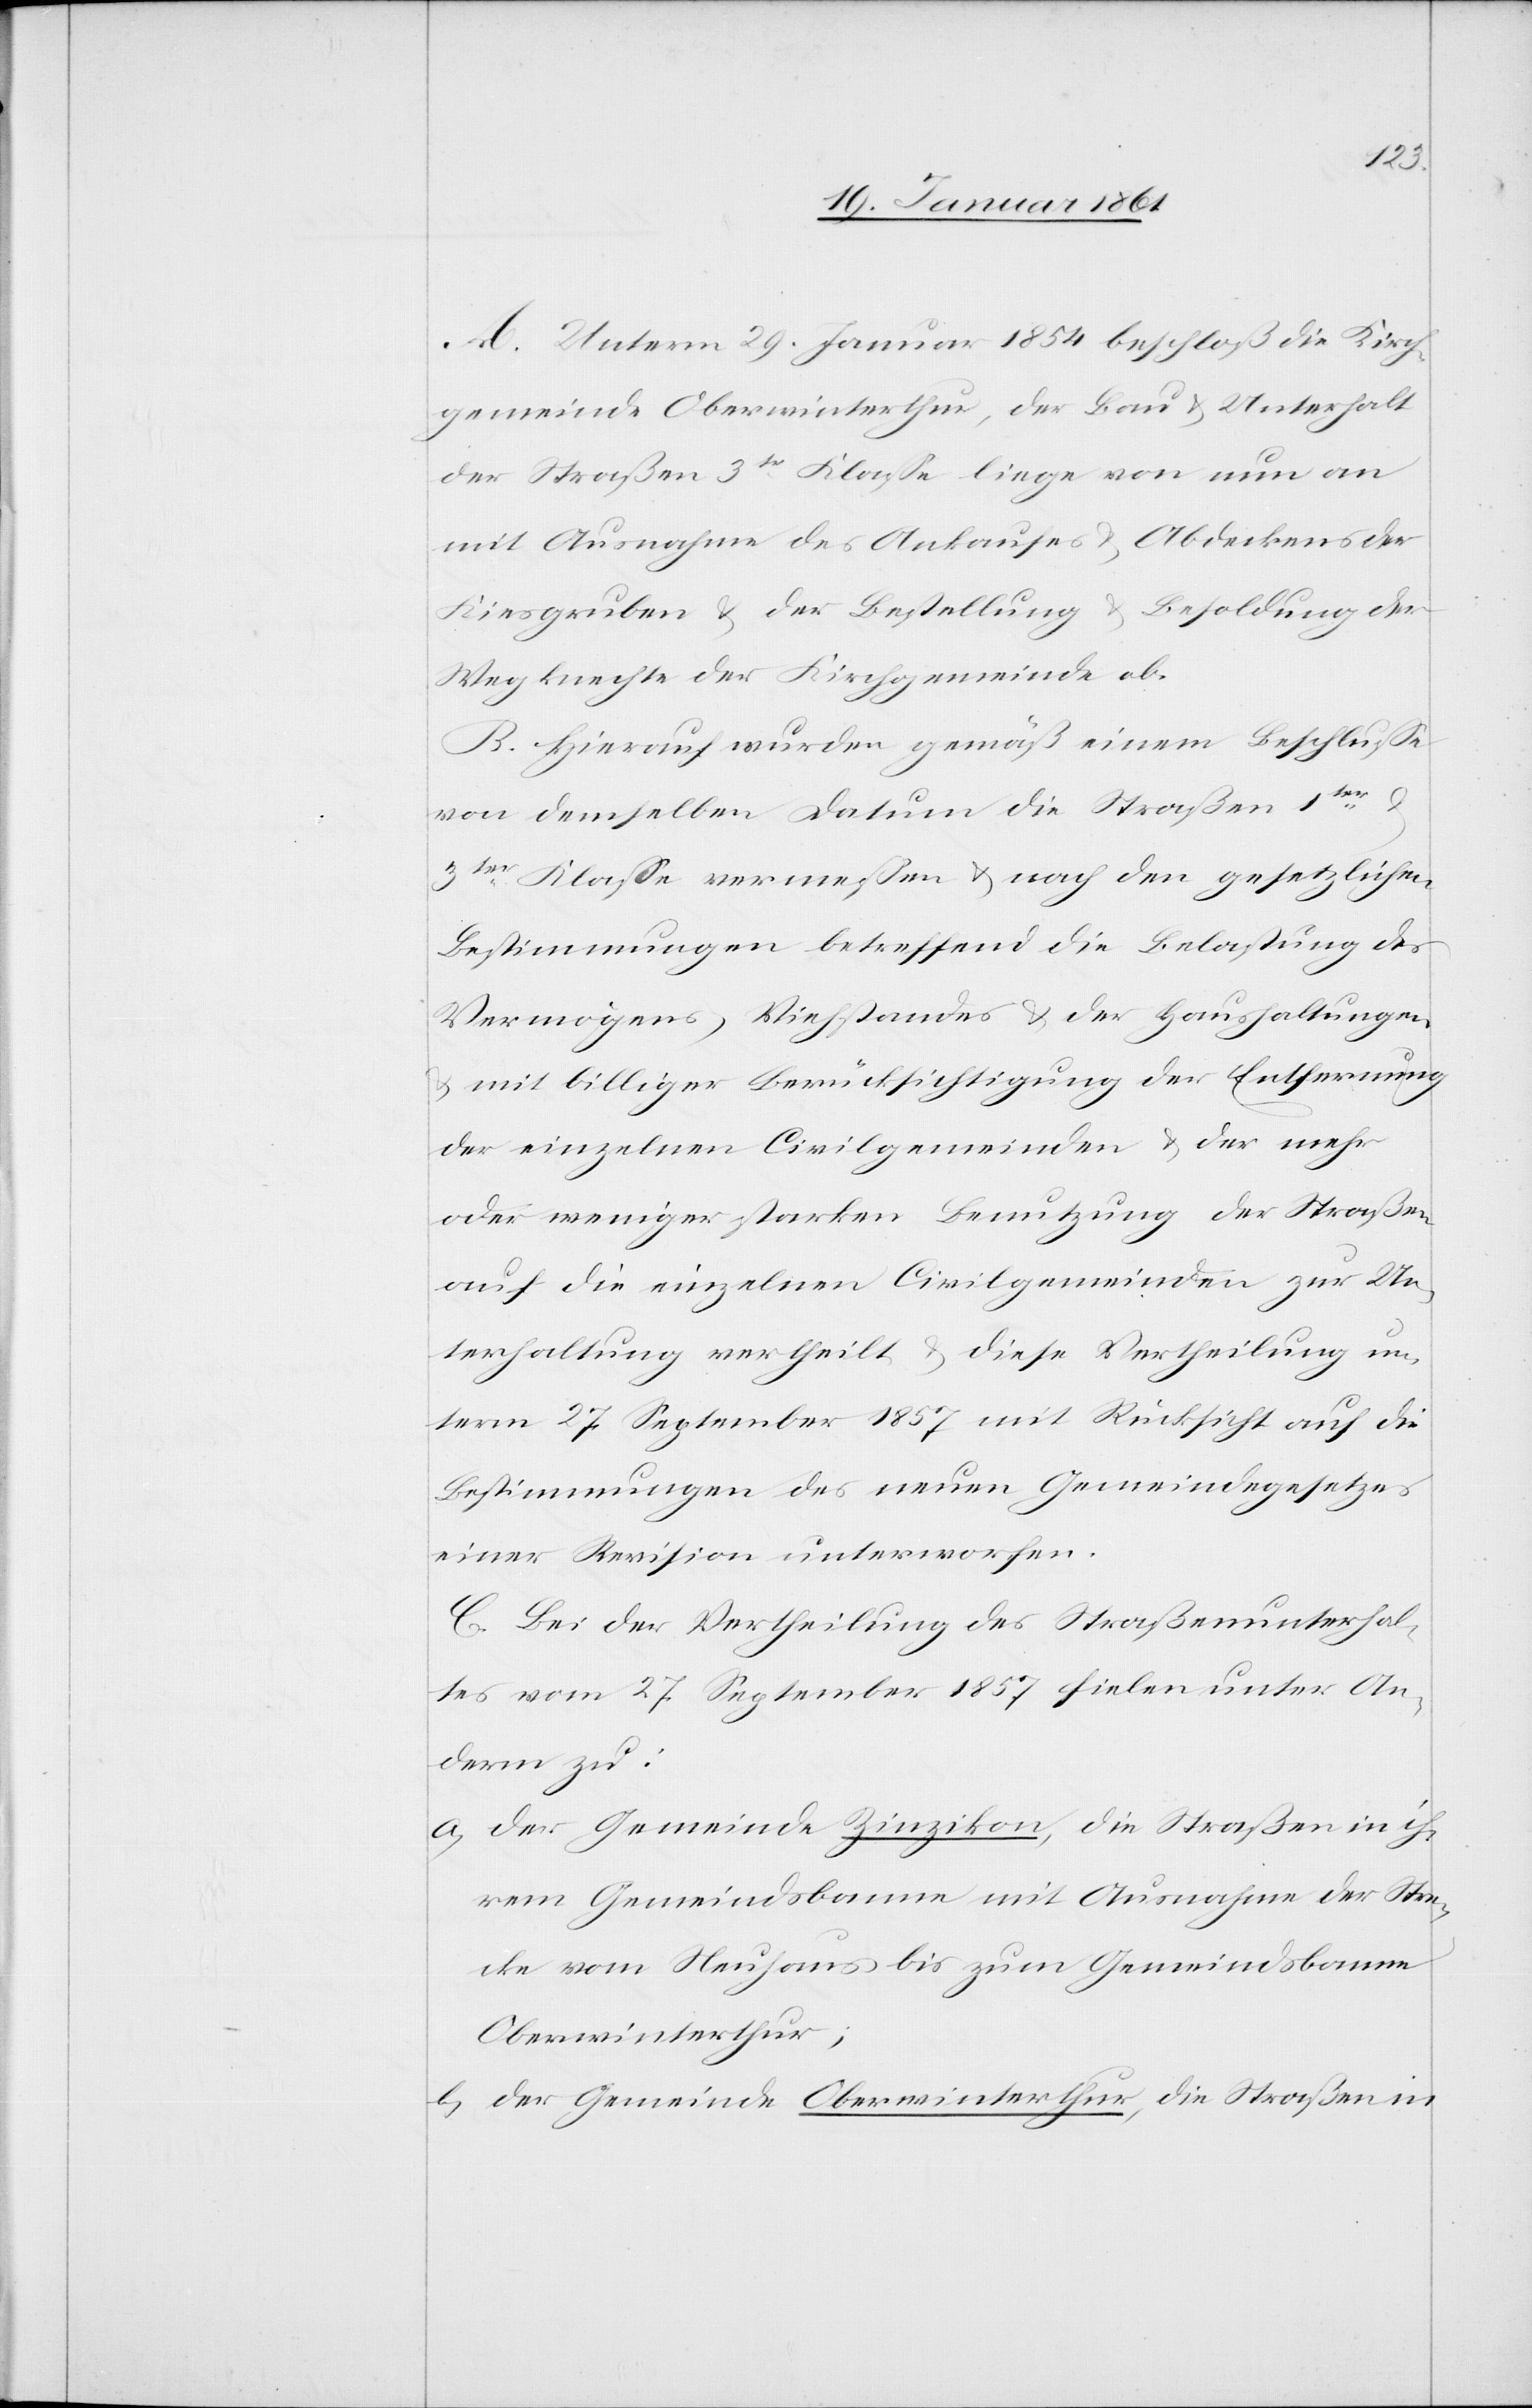
A. Unterm 29. Januar 1854 beschloß die Kirch¬
gemeinde Oberwinterthur, der Bau u. Unterhalt
der Straßen 3tr Klasse liege von nun an
mit Ausnahme des Ankaufes u. Abdeckens der
Kiesgruben u. der Bestellung u. Besoldung der
Wegknechte der Kirchgemeinde ob.
B. Hierauf wurden gemäß einem Beschlusse
von demselben Datum die Straßen 1ter u.
3ter Klasse vermessen u. nach den gesetzlichen
Bestimmungen betreffend die Belastung des
Vermögens, Viehstandes u. der Haushaltungen
u. mit billiger Berücksichtigung der Entfernung
der einzelnen Civilgemeinden u. der mehr
oder weniger starken Benutzung der Straßen
auf die einzelnen Civilgemeinden zur Un¬
terhaltung vertheilt u. diese Vertheilung un¬
term 27. September 1857 mit Rücksicht auf die
Bestimmungen des neuen Gemeindegesetzes
einer Revision unterworfen.
C. Bei der Vertheilung des Straßenunterhal¬
tes vom 27. September 1857 fielen unter An¬
derm zu:
a) Der Gemeinde Zinikon, die Strassen in ih¬
rem Gemeindsbanne mit Ausnahme der Stre¬
cke von Neuhaus bis zum Gemeindsbanne
Oberwinterthur;
b) Der Gemeinde Oberwinterthur, die Straßen in